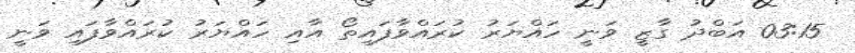
03:15 އަބްދު ގާޒީ ވަނީ ހައްޔަރު ކުރައްވާފައިތޯ އާއި ހައްޔަރު ކުރައްވާފައި ވަނީ